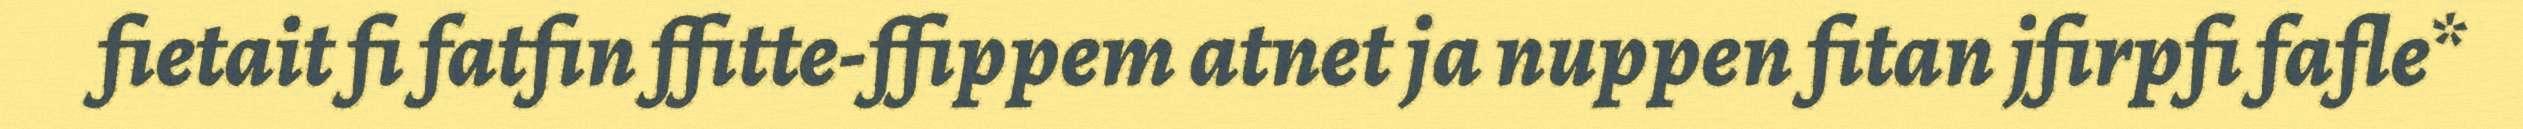
fietait fi fatfin ffitte-ffippem atnet ja nuppen fitan jfirpfi fafle*